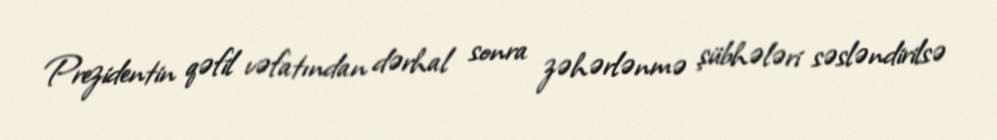
Prezidentin qəfil vəfatından dərhal sonra zəhərlənmə şübhələri səsləndirilsə